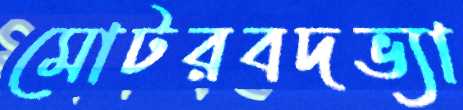
মোটরবদভ্যা